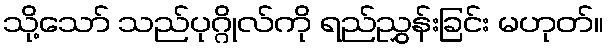
သို့သော် သည်ပုဂ္ဂိုလ်ကို ရည်ညွှန်းခြင်း မဟုတ်။